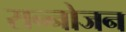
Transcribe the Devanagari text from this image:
सन्नोजन